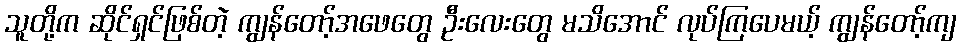
သူတို့က ဆိုင်ရှင်ဖြစ်တဲ့ ကျွန်တော့်အဖေတွေ ဦးလေးတွေ မသိအောင် လုပ်ကြပေမယ့် ကျွန်တော့်ကျ